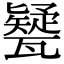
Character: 㽈